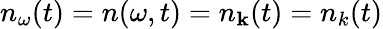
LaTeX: n_{\omega}(t)=n(\omega,t)=n_{\mathbf k}(t)=n_{k}(t)